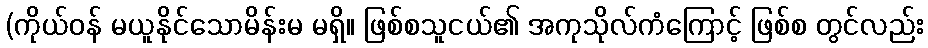
(ကိုယ်ဝန် မယူနိုင်သောမိန်းမ မရှိ။ ဖြစ်စသူငယ်၏ အကုသိုလ်ကံကြောင့် ဖြစ်စ တွင်လည်း